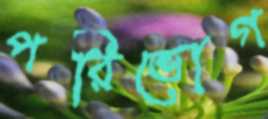
পরিভোগ